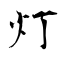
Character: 灯